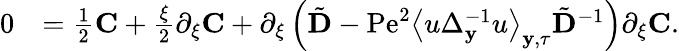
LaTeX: \begin{array}{rl}{0}&{=\frac{1}{2}\mathbf{C}+\frac{\xi}{2}\partial_{\xi}\mathbf{C}+\partial_{\xi}\left(\tilde{\mathbf{D}}-\mathrm{Pe}^{2}\left\langle u\Delta_{\mathbf{y}}^{-1}u\right\rangle_{\mathbf{y},\tau}\tilde{\mathbf{D}}^{-1}\right)\partial_{\xi}\mathbf{C}.}\end{array}